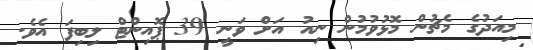
މިއަދުގެ މެޗުން މޮޅުވުމުން ނިއު އަށް ވަނީ 39 ޕޮއިންޓް ލިބިފަ އެވެ.